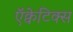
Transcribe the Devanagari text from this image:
ऍक्वेटिक्स